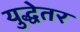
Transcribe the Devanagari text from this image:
युद्धेतर